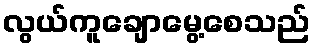
လွယ်ကူချောမွေ့စေသည်